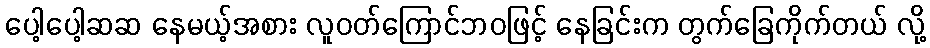
ပေါ့ပေါ့ဆဆ နေမယ့်အစား လူဝတ်ကြောင်ဘဝဖြင့် နေခြင်းက တွက်ခြေကိုက်တယ် လို့